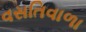
વસતિવાળા